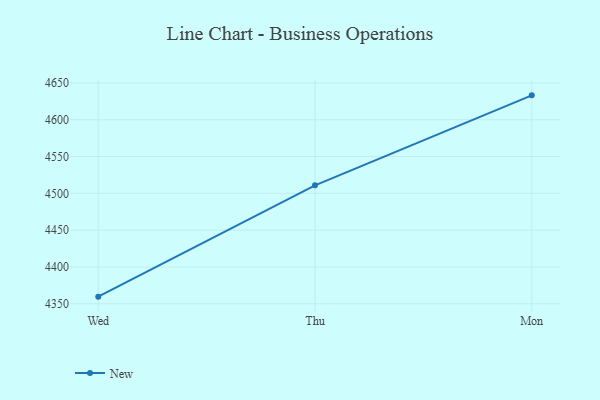
{"axis": {"x": "Day", "y": "Population (Million)"}, "legend": ["New"], "data": [{"x": "Wed", "y": 4359.7, "type": "New"}, {"x": "Thu", "y": 4510.9, "type": "New"}, {"x": "Mon", "y": 4633.1, "type": "New"}]}